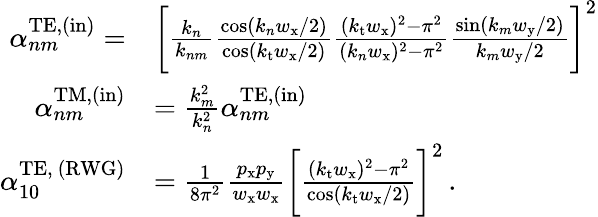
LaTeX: \begin{array}{rl}{\alpha_{nm}^{\mathrm{TE},(\mathrm{in})}=}&{\bigg[\frac{k_{n}}{k_{nm}}\frac{\cos(k_{n}w_{\mathrm{x}}/2)}{\cos(k_{\mathrm{t}}w_{\mathrm{x}}/2)}\frac{(k_{\mathrm{t}}w_{\mathrm{x}})^{2}-\pi^{2}}{(k_{n}w_{\mathrm{x}})^{2}-\pi^{2}}\frac{\sin(k_{m}w_{\mathrm{y}}/2)}{k_{m}w_{\mathrm{y}}/2}\bigg]^{2}}\\ {\alpha_{nm}^{\mathrm{TM},(\mathrm{in})}}&{=\frac{k_{m}^{2}}{k_{n}^{2}}\alpha_{nm}^{\mathrm{TE},(\mathrm{in})}}\\ {\alpha_{10}^{\mathrm{TE,~(RWG)}}}&{=\frac{1}{8\pi^{2}}\frac{p_{\mathrm{x}}p_{\mathrm{y}}}{w_{\mathrm{x}}w_{\mathrm{x}}}\bigg[\frac{(k_{\mathrm{t}}w_{\mathrm{x}})^{2}-\pi^{2}}{\cos(k_{\mathrm{t}}w_{\mathrm{x}}/2)}\bigg]^{2}\, .}\end{array}